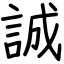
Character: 誠